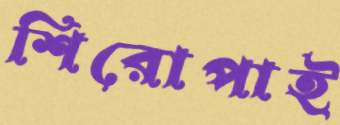
শিরোপাই